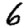
Digit: 6